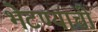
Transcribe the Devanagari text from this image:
भेटण्याची